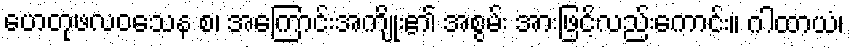
ဟေတုဖလဝသေန စ၊ အကြောင်းအကျိုး၏ အစွမ်း အားဖြင့်လည်းကောင်း။ ဂါထာယံ၊